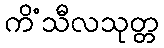
ကိံသီလသုတ္တ